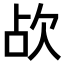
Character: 𣢤